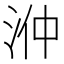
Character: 㳞